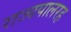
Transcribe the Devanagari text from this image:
राज्यपालरह